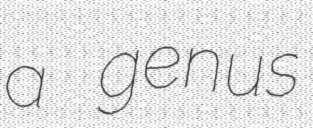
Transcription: a genus